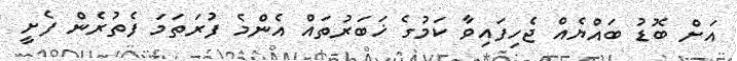
އަށް ބޮޑު ބައްޔެއް ޖެހިފައިވާ ކަމުގެ ޚަބަރުތައް އެންމެ ފުރަތަމަ ފެތުރެން ފެށީ